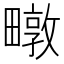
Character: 𮵃